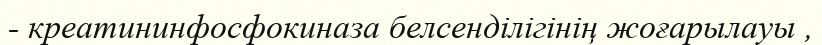
- креатининфосфокиназа белсенділігінің жоғарылауы ,